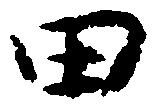
田